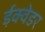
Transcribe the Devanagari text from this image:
ईक्वेडर